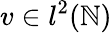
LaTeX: v\in l^{2}(\mathbb{N})